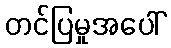
တင်ပြမှုအပေါ်